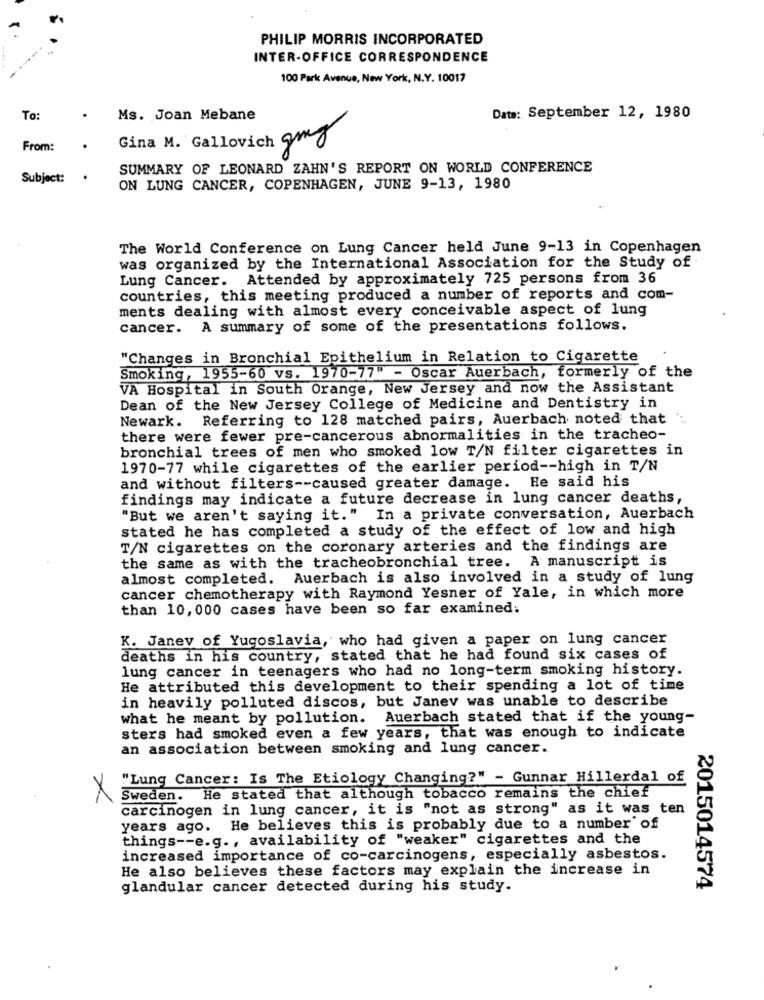
PHILIP MORRIS INCORPORATED
INTER-OFFICE CORRESPONDENCE
100 Park Avenue, New York, N.Y. 10017
To:
Ms. Joan Mebane
Date: September 12, 1980
Gina M. Gallovich my
From:
.
SUMMARY OF LEONARD ZAHN'S REPORT ON WORLD CONFERENCE
Subject:
.
ON LUNG CANCER, COPENHAGEN, JUNE 9-13, 1980
The World Conference on Lung Cancer held June 9-13 in Copenhagen
was organized by the International Association for the Study of
Lung Cancer. Attended by approximately 725 persons from 36
countries, this meeting produced a number of reports and com-
ments dealing with almost every conceivable aspect of lung
cancer. A summary of some of the presentations follows.
"Changes in Bronchial Epithelium in Relation to Cigarette
Smoking, 1955-60 vs. 1970-77" - Oscar Auerbach, formerly of the
VA Hospital in South Orange, New Jersey and now the Assistant
Dean of the New Jersey College of Medicine and Dentistry in
Newark. Referring to 128 matched pairs, Auerbach noted that
there were fewer pre-cancerous abnormalities in the tracheo-
bronchial trees of men who smoked low T/N filter cigarettes in
1970-77 while cigarettes of the earlier period -- high in T/N
and without filters -- caused greater damage. He said his
findings may indicate a future decrease in lung cancer deaths,
"But we aren't saying it." In a private conversation, Auerbach
stated he has completed a study of the effect of low and high
T/N cigarettes on the coronary arteries and the findings are
the same as with the tracheobronchial tree. A manuscript is
almost completed. Auerbach is also involved in a study of lung
cancer chemotherapy with Raymond Yesner of Yale, in which more
than 10, 000 cases have been so far examined.
K. Janev of Yugoslavia, who had given a paper on lung cancer
deaths in his country, stated that he had found six cases of
lung cancer in teenagers who had no long-term smoking history.
He attributed this development to their spending a lot of time
in heavily polluted discos, but Janev was unable to describe
what he meant by pollution. Auerbach stated that if the young-
sters had smoked even a few years, that was enough to indicate
an association between smoking and lung cancer.
"Lung Cancer: Is The Etiology Changing?" - Gunnar Hillerdal of
X
Sweden. He stated that although tobacco remains the chief
carcinogen in lung cancer, it is "not as strong" as it was ten
years ago. He believes this is probably due to a number of
things -- e.g ., availability of "weaker" cigarettes and the
increased importance of co-carcinogens, especially asbestos.
He also believes these factors may explain the increase in
glandular cancer detected during his study.
2015014574